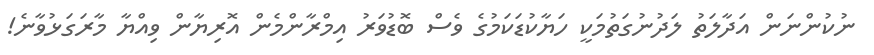
ނުކުންނަން އަދާލަތު ލަދުނުގަތުމަކީ ހަޔާކުޑަކަމުގެ ވެސް ބޮޑުވަރު އިމްރާންމެން އޮރިޔާން ވިއްޔާ މާރަގަޅުވާނެ!